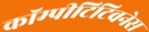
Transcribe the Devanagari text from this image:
कॉम्पीटिटिवनेस